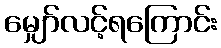
မျှော်လင့်ရကြောင်း